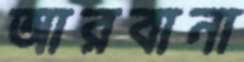
আরবানা